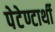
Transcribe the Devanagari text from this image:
पेटेण्टार्थी